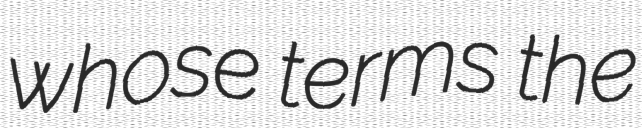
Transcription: whose terms the